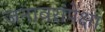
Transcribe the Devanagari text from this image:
जनावरांपेक्षा